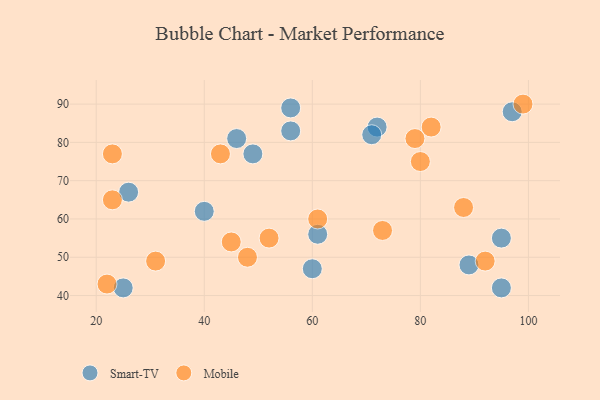
{"axis": {"x": "GDP", "y": "Life Expectancy"}, "legend": ["Mobile", "Smart-TV"], "data": [{"x": "25", "y": 42, "type": "Smart-TV"}, {"x": "97", "y": 88, "type": "Smart-TV"}, {"x": "46", "y": 81, "type": "Smart-TV"}, {"x": "56", "y": 83, "type": "Smart-TV"}, {"x": "56", "y": 89, "type": "Smart-TV"}, {"x": "95", "y": 55, "type": "Smart-TV"}, {"x": "72", "y": 84, "type": "Smart-TV"}, {"x": "60", "y": 47, "type": "Smart-TV"}, {"x": "89", "y": 48, "type": "Smart-TV"}, {"x": "26", "y": 67, "type": "Smart-TV"}, {"x": "49", "y": 77, "type": "Smart-TV"}, {"x": "71", "y": 82, "type": "Smart-TV"}, {"x": "61", "y": 56, "type": "Smart-TV"}, {"x": "95", "y": 42, "type": "Smart-TV"}, {"x": "40", "y": 62, "type": "Smart-TV"}, {"x": "31", "y": 49, "type": "Mobile"}, {"x": "45", "y": 54, "type": "Mobile"}, {"x": "73", "y": 57, "type": "Mobile"}, {"x": "82", "y": 84, "type": "Mobile"}, {"x": "80", "y": 75, "type": "Mobile"}, {"x": "61", "y": 60, "type": "Mobile"}, {"x": "99", "y": 90, "type": "Mobile"}, {"x": "43", "y": 77, "type": "Mobile"}, {"x": "23", "y": 65, "type": "Mobile"}, {"x": "48", "y": 50, "type": "Mobile"}, {"x": "23", "y": 77, "type": "Mobile"}, {"x": "88", "y": 63, "type": "Mobile"}, {"x": "52", "y": 55, "type": "Mobile"}, {"x": "22", "y": 43, "type": "Mobile"}, {"x": "92", "y": 49, "type": "Mobile"}, {"x": "79", "y": 81, "type": "Mobile"}]}